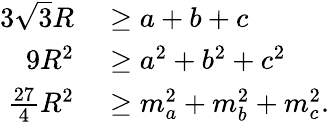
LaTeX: \begin{array}{rl}{3{\sqrt{3}}R}&{{}\geq a+b+c}\\ {9R^{2}}&{{}\geq a^{2}+b^{2}+c^{2}}\\ {{\frac{27}{4}}R^{2}}&{{}\geq m_{a}^{2}+m_{b}^{2}+m_{c}^{2}.}\end{array}